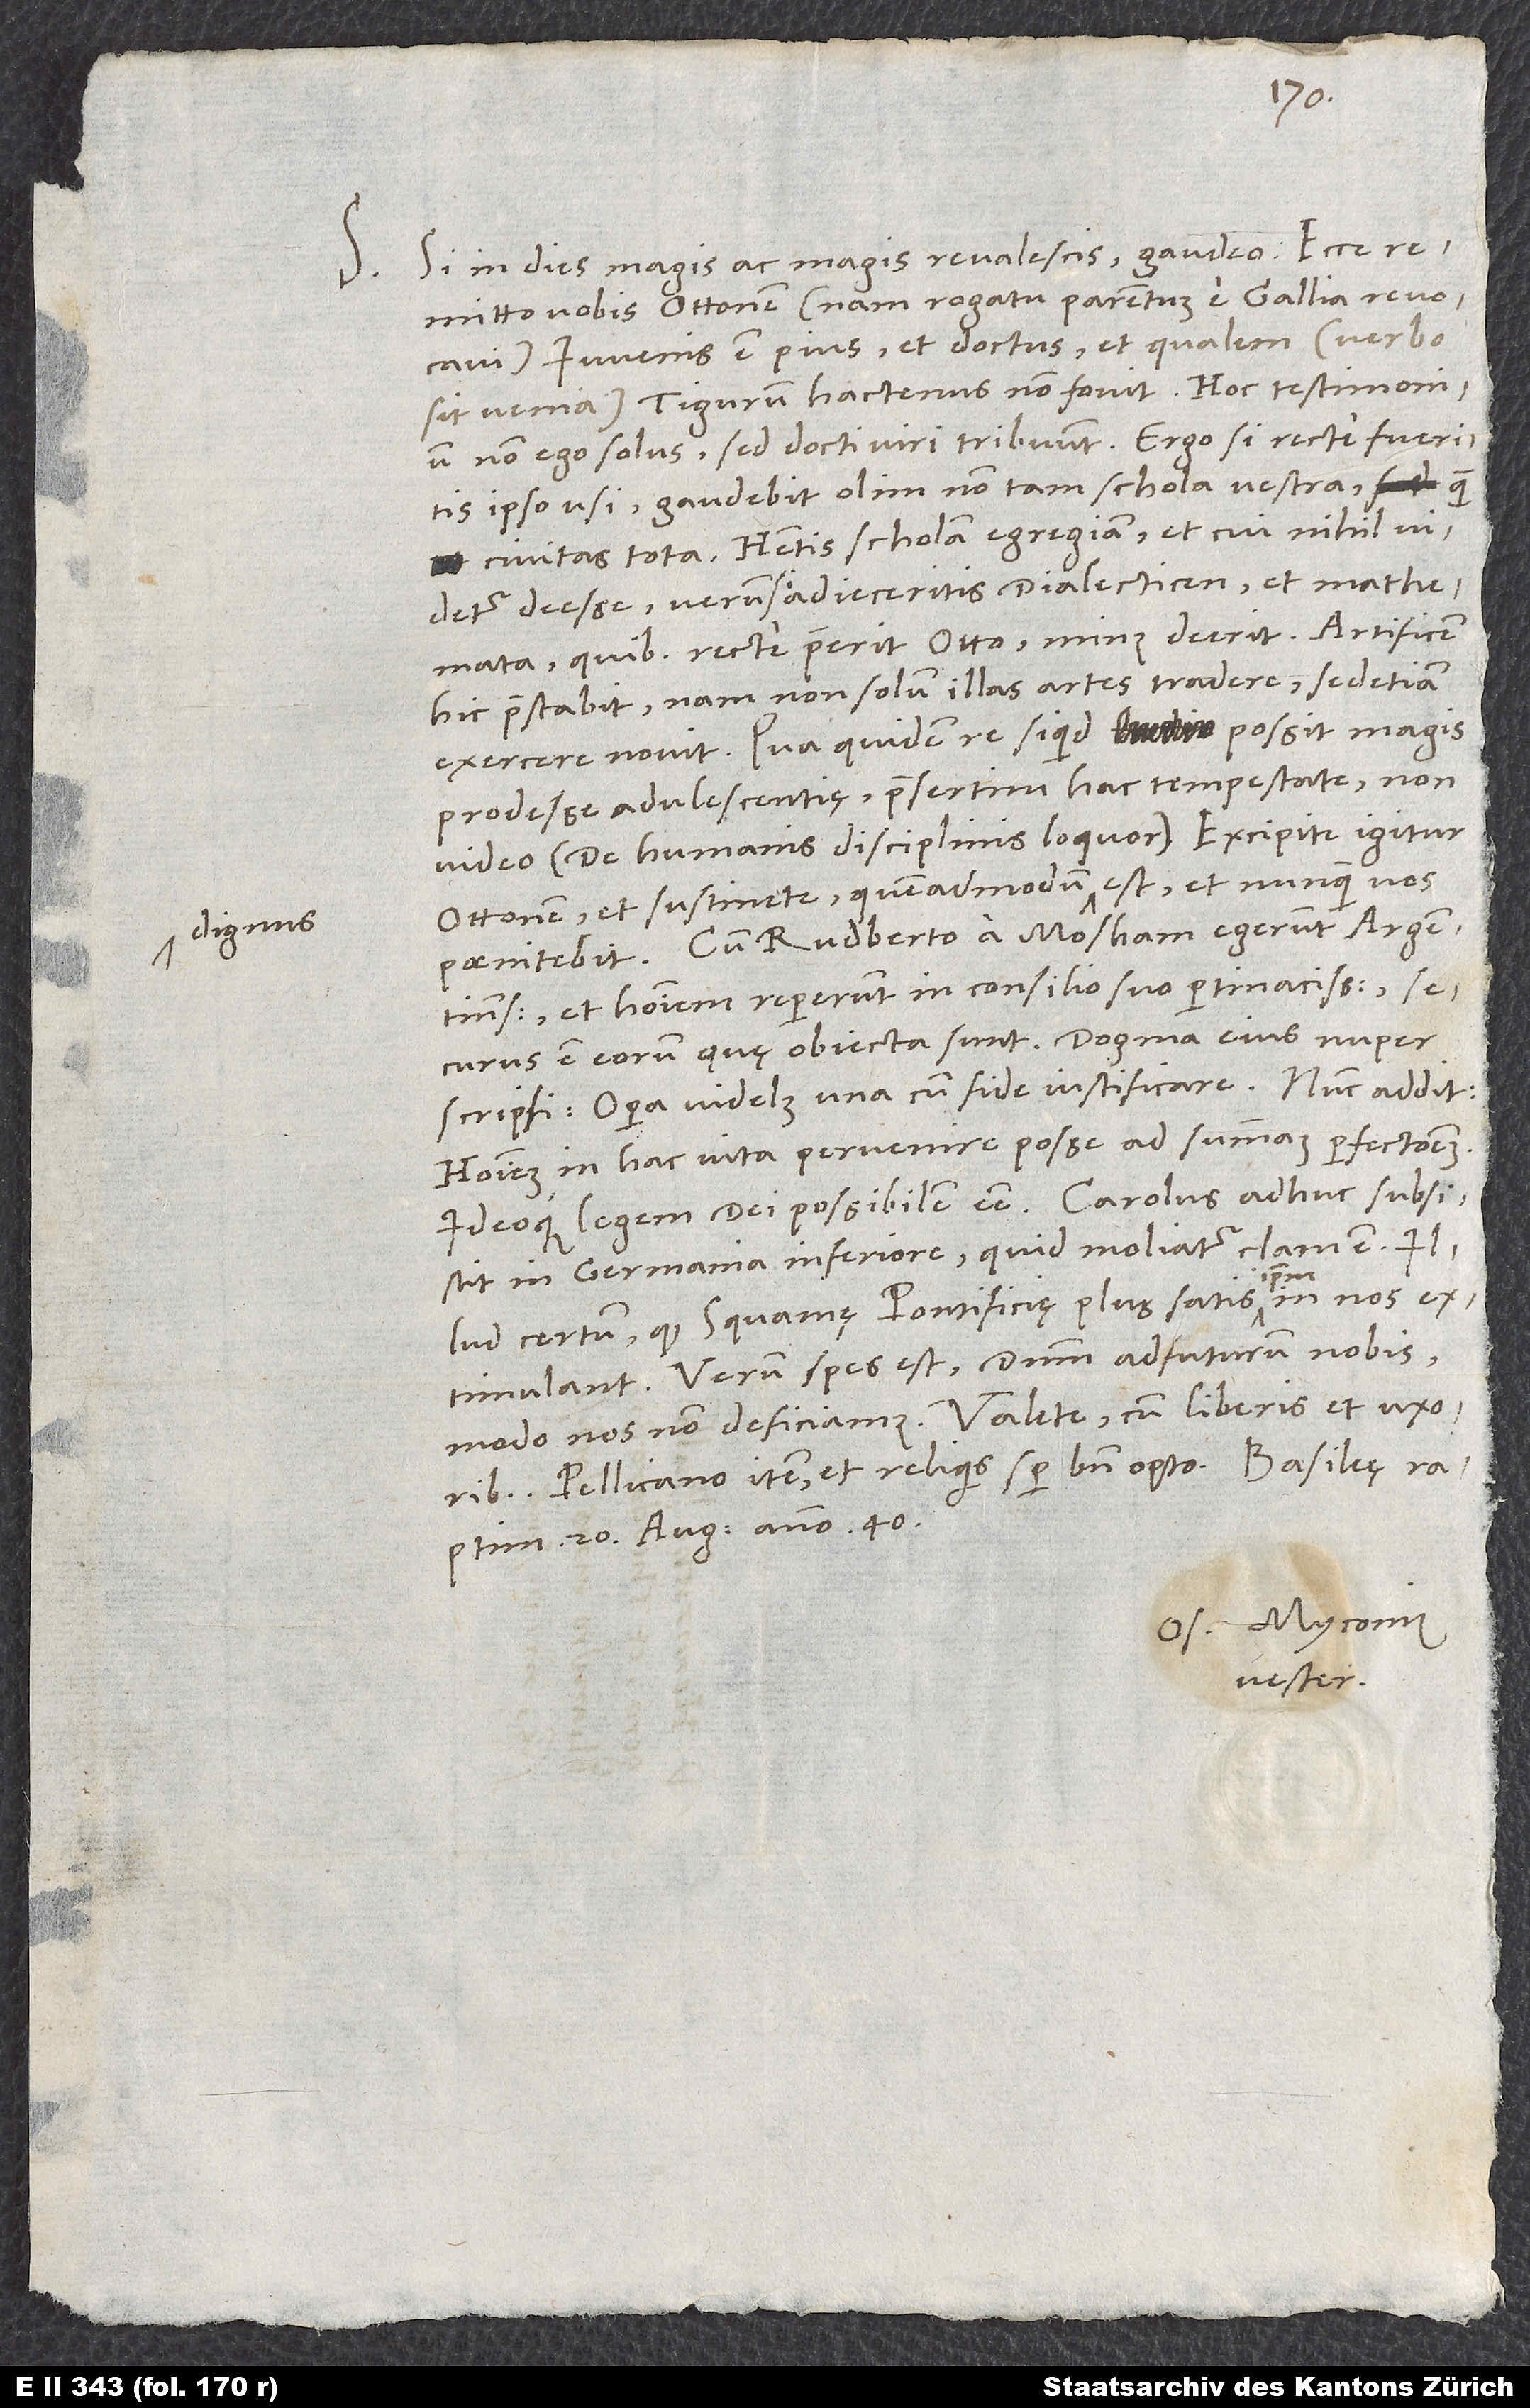
S. Si in dies magis ac magis revalescis, gaudeo.
remitto vobis Ottonem (nam rogatu parentum e Gallia revocavi).
Iuvenis est pius et doctus, et qualem (verbo
sit venia) Tigurum hactenus non fovit. Hoc testimonium
non ego solus, sed docti viri tribuunt. Ergo si recte fueritis
ipso usi, gaudebit olim non tam schola vestra quam
civitas tota. Habetis scholam egregiam et cui nihil videtur
deesse, verum si adieceritis dialecticen et mathemata,
quibus recte praeerit Otto, minus deerit. Artificem
hic praestabit; nam non solum illas artes tradere, sed etiam
exercere novit. Qua quidem re si quid possit magis
prodesse adulescentię, praesertim hac tempestate, non
video (de humanis disciplinis loquor). Excipite igitur
Ottonem et sustinete, quemadmodum dignus est, et nunquam vos
Cum Rudberto a Mosham egerunt Argentinenses
et hominem repererunt in consilio suo pertinacissimum;
securus est eorum, quę obiecta sunt. Dogma eius nuper
scripsi, opera videlicet una cum fide iustificare. Nunc addit
hominem in hac vita pervenire posse ad summam perfectionem
in Germania Inferiore; quid moliatur, clam est. Illud
certum, quod squamę pontificię plus satis ipsum in nos
extimulant. Verum spes est dominum adfuturum nobis,
Pellicano item et reliquis semper bene opto.
raptim, 20. augusti anno 40.
Os. Myconius
vester.